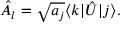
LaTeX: { \hat { A } } _ { l } = { \sqrt { a _ { j } } } \langle k | { \hat { U } } | j \rangle .